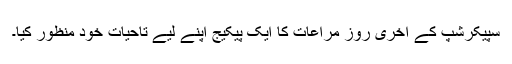
سپیکرشپ کے آخری روز مراعات کا ایک پیکیج اپنے لیے تاحیات خود منظور کیا۔